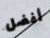
أفضل